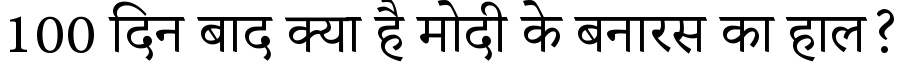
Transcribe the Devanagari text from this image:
100 दिन बाद क्या है मोदी के बनारस का हाल?